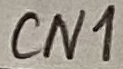
Text: CN1